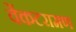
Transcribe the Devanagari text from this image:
वेंकटरामण